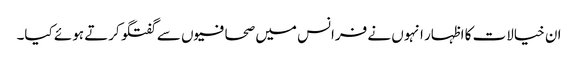
ان خیالات کا اظہار انہوں نے فرانس میں صحافیوں سے گفتگو کرتے ہوئے کیا۔